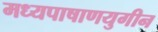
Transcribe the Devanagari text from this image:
मध्यपाषाणयुगीन